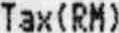
TAX(RM)